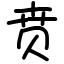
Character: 贲